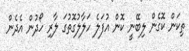
ތިކަން ކޮގެން ލިބޭނީ ކޮން އުފަލެ ހަލާލުގޮތުގަ ލާރި ހޯދުން އެދެން